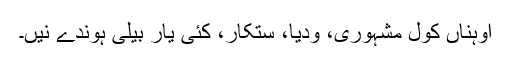
اوہناں کول مشہوری، ودیا، ستکار، کئی یار بیلی ہوندے نیں۔